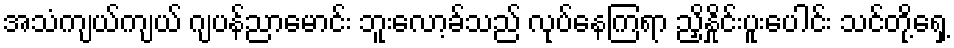
အသံကျယ်ကျယ် ဂျပန်ညာမောင်း ဘူးလော့ခ်သည် လုပ်နေကြရာ ညှိနှိုင်းပူးပေါင်း သင်တို့ရှေ့